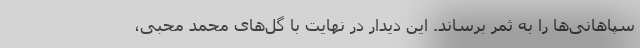
سپاهانی‌ها را به ثمر برساند. این دیدار در نهایت با گل‌های محمد محبی،